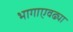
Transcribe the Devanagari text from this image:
भागाएवढ्या